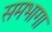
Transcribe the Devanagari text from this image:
समभागा